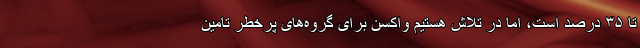
تا ۳۵ درصد است، اما در تلاش هستیم واکسن برای گروه‌های پرخطر تامین